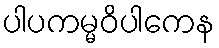
ပါပကမ္မဝိပါကေန